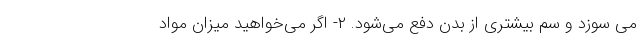
می سوزد و سم بیشتری از بدن دفع می‌شود. ۲- اگر می‌خواهید میزان مواد